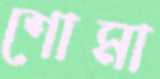
শোমা